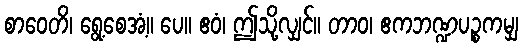
စာဝေတိ၊ ရွေ့စေအံ့။ ပေ။ ဧဝံ၊ ဤသို့လျှင်။ တာဝ၊ ဧကဘဏ္ဍပဉ္စကမျှ